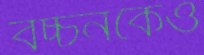
বচ্চনকেও